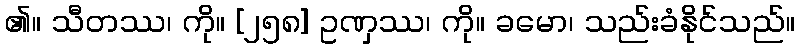
၏။ သီတဿ၊ ကို။ [၂၅၈] ဥဏှဿ၊ ကို။ ခမော၊ သည်းခံနိုင်သည်။